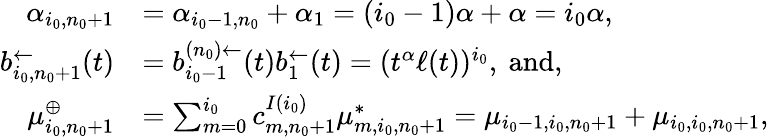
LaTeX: \begin{array}{rl}{\alpha_{i_{0},n_{0}+1}}&{=\alpha_{i_{0}-1,n_{0}}+\alpha_{1}=(i_{0}-1)\alpha+\alpha=i_{0}\alpha,}\\ {{b}_{i_{0},n_{0}+1}^{\leftarrow}(t)}&{=b_{i_{0}-1}^{(n_{0})\leftarrow}(t)b_{1}^{\leftarrow}(t)=(t^{\alpha}\ell(t))^{i_{0}},\mathrm{~and},}\\ {\mu_{i_{0},n_{0}+1}^{\oplus}}&{=\sum_{m=0}^{i_{0}}c_{m,n_{0}+1}^{I(i_{0})}\mu_{m,i_{0},n_{0}+1}^{*}=\mu_{i_{0}-1,i_{0},n_{0}+1}+\mu_{i_{0},i_{0},n_{0}+1},}\end{array}